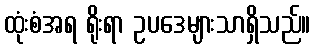
ထုံးစံအရ ရိုးရာ ဥပဒေများသာရှိသည်။